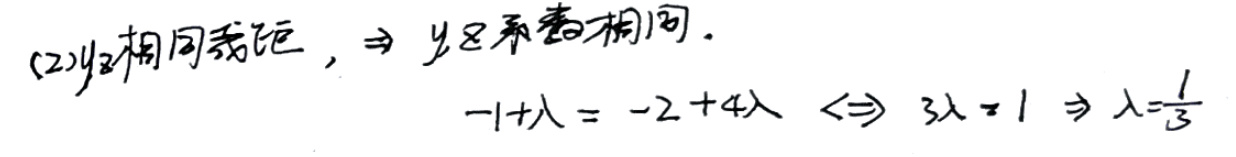
\((2)y_2\)相同方向，\(\Rightarrow y_8\)斜率相同。\(-1+\lambda=-2+4\lambda \Leftrightarrow 3\lambda=1 \Rightarrow \lambda=\frac{1}{3}\)